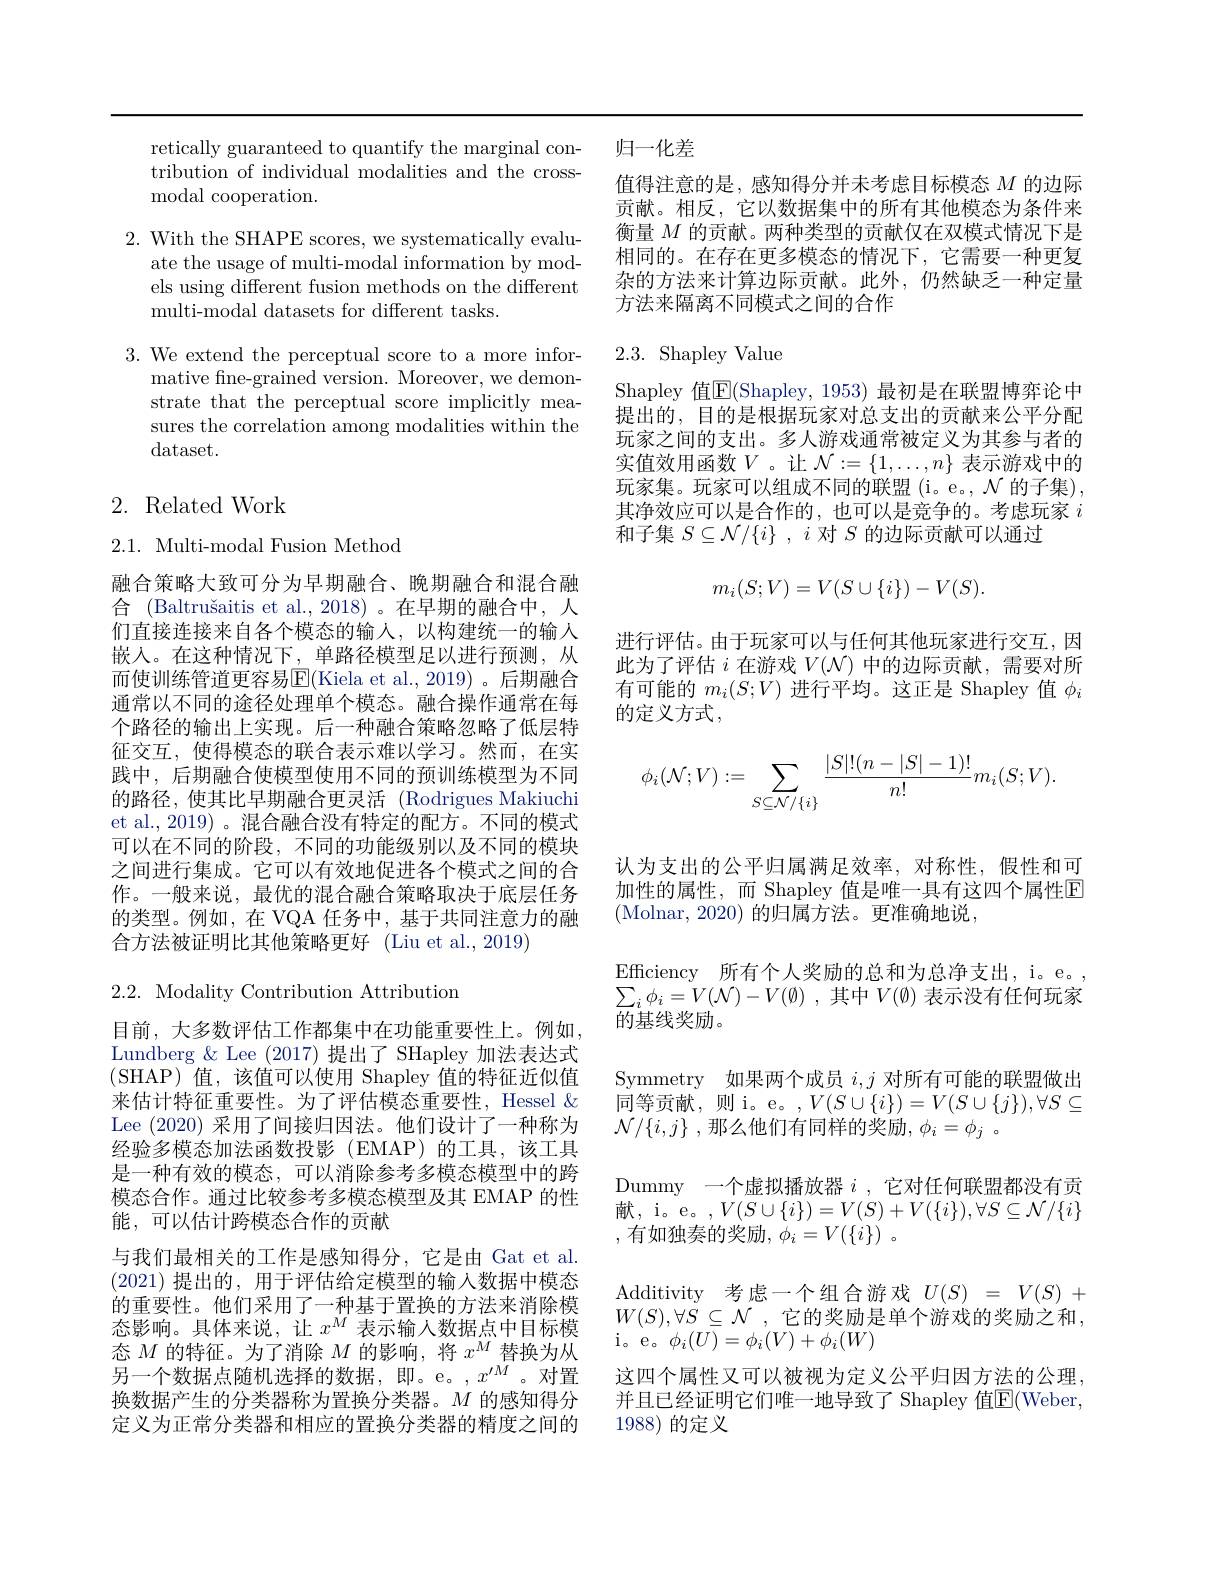
retically guaranteed to quantify the marginal contribution of individual modalities and the crossmodal cooperation.

2. With the SHAPE scores, we systematically evalu-
ate the usage of multi-modal information by models using different fusion methods on the different multi-modal datasets for different tasks.

3. We extend the perceptual score to a more infor-
mative fne-grained version. Moreover, we demonstrate that the perceptual score implicitly measures the correlation among modalities within the dataset.

# 2. Related Work

2.1. Multi-modal Fusion Method

融合策略大致可分为早期融合、晚期融合和混合融合 (Baltrušaitis et al.,2018)。在早期的融合中，人们直接连接来自各个模态的输人，以构建统一的输入嵌入。在这种情况下，单路径模型足以进行预测，从而使训练管道更容易$\operatorname{E}($Kiela et al.,2019) 。后期融合通常以不同的途径处理单个模态。融合操作通常在每个路径的输出上实现。后一种融合策略忽略了低层特征交互，使得模态的联合表示难以学习。然而，在实践中，后期融合使模型使用不同的预训练模型为不同的路径，使其比早期融合更灵活 (Rodrigues Makiuchi et al., 2019) 。混合融合没有特定的配方。不同的模式可以在不同的阶段，不同的功能级别以及不同的模块之间进行集成。它可以有效地促进各个模式之间的合作。一般来说，最优的混合融合策略取决于底层任务的类型。例如，在 VQA 任务中，基于共同注意力的融合方法被证明比其他策略更好 (Liu et al.,2019)

2.2. Modality Contribution Attribution
目前，大多数评估工作都集中在功能重要性上。例如， Lundberg & Lee (2017) 提出了 SHapley 加法表达式(SHAP)值，该值可以使用 Shapley 值的特征近似值来估计特征重要性。为了评估模态重要性，Hessel $\&$ Lee (2020)采用了间接归因法。他们设计了一种称为经验多模态加法函数投影 (EMAP)的工具，该工具是一种有效的模态，可以消除参考多模态模型中的跨模态合作。通过比较参考多模态模型及其 EMAP 的性能，可以估计跨模态合作的贡献
与我们最相关的工作是感知得分，它是由 Gat et al. (2021)提出的，用于评估给定模型的输入数据中模态的重要性。他们采用了一种基于置换的方法来消除模态影响。具体来说，让$x^M$表示输入数据点中目标模态$M$的特征。为了消除$M$的影响，将$x^M$替换为从$\bar{\text{另一个数据点随机选择的数据，即。e。}},x^{\prime M}$。对置换数据产生的分类器称为置换分类器。$M$的感知得分定义为正常分类器和相应的置换分类器的精度之间的

归一化差

值得注意的是，感知得分并未考虑目标模态$M$的边际贡献。相反，它以数据集中的所有其他模态为条件来衡量$M$的贡献。两种类型的贡献仅在双模式情况下是相同的。在存在更多模态的情况下，它需要一种更复杂的方法来计算边际贡献。此外，仍然缺乏一种定量方法来隔离不同模式之间的合作

## $2.3.{\mathrm{~Shapley~Value}}$

Shapley 值$\overline{\mathrm{E}}($Shapley,1953) 最初是在联盟博弈论中提出的，目的是根据玩家对总支出的贡献来公平分配玩家之间的支出。多人游戏通常被定义为其参与者的实值效用函数$V$。让 $\mathcal{N}:=\{1,\ldots,n\}$ 表示游戏中的玩家集。玩家可以组成不同的联盟(i。e。, $\mathcal{N}$的子集), 其净效应可以是合作的，也可以是竞争的。考虑玩家$i$ 和子集$S\subseteq \mathcal{N} / \{ i\}$ , $i$对$S$的边际贡献可以通过
$$m_i(S;V)=V(S\cup\{i\})-V(S).$$
进行评估。由于玩家可以与任何其他玩家进行交互，因此为了评估$i$在游戏$V(\mathcal{N})$中的边际贡献，需要对所有可能的$m_i(S;V)$进行平均。这正是 Shapley 值$\phi_i$ 的定义方式，
$$\begin{aligned}\phi_i(\mathcal{N};V):=\sum_{S\subseteq\mathcal{N}/\{i\}}\frac{|S|!(n-|S|-1)!}{n!}m_i(S;V).\end{aligned}$$
认为支出的公平归属满足效率，对称性，假性和可加性的属性，而 Shapley 值是唯一具有这四个属性E (Molnar,2020) 的归属方法。更准确地说，
Efficiency 所有个人奖励的总和为总净支出，i。e。, $\sum _{i}\phi _{i}= V( \mathcal{N} ) - V( \emptyset )$ ,其中$V(\emptyset)$表示没有任何玩家的基线奖励。
Symmetry 如果两个成员$i,j$对所有可能的联盟做出同等贡献，则 i。e。,$V(S\cup\{i\})=V(S\cup\{j\}),\forall S\subseteq$ $\mathcal{N} / \{ i, j\}$ ,那么他们有同样的奖励$, \phi _i= \phi _j$ 。
Dummy 一个虚拟播放器$i$ ,它对任何联盟都没有贡献，i。e。$,V(S\cup\{i\})=V(S)+V(\{i\}),\forall S\subseteq\mathcal{N}/\{i\}$ ,有如独奏的奖励$, \phi _i= V( \{ i\} )$ 。
Additivity 考虑一个组合游戏$U(S)=V(S)+$ $W( S) , \forall S\subseteq \mathcal{N}$ ,它的奖励是单个游戏的奖励之和， i。e。$\phi _{i}( U) = \phi _{i}( V) + \phi _{i}( W)$
这四个属性又可以被视为定义公平归因方法的公理， 并且已经证明它们唯一地导致了 Shapley 值$\overline{\mathrm{E}}($Weber, 1988) 的定义